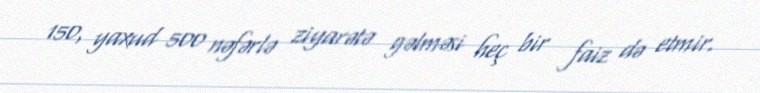
150, yaxud 500 nəfərlə ziyarətə gəlməsi heç bir faiz də etmir.